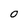
Character: o